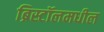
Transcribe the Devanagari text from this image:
ब्रिस्टॉलमधील